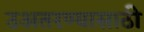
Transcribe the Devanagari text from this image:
उअतरण्यासाठी